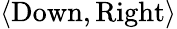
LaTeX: \langle{\mathrm{Down}},{\mathrm{Right}}\rangle